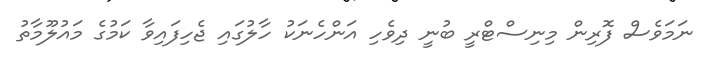
ނަމަވެސް ފޮރިން މިނިސްޓްރީ ބުނީ ދިވެހި އަންހެނަކު ހާލުގައި ޖެހިފައިވާ ކަމުގެ މައުލޫމާތު